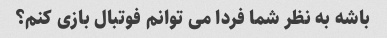
باشه به نظر شما فردا می توانم فوتبال بازی کنم؟